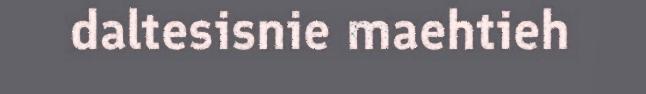
daltesisnie maehtieh